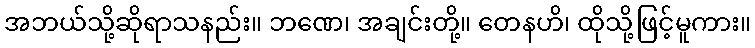
အဘယ်သို့ဆိုရာသနည်း။ ဘဏေ၊ အချင်းတို့။ တေနဟိ၊ ထိုသို့ဖြင့်မူကား။